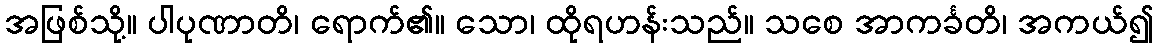
အဖြစ်သို့။ ပါပုဏာတိ၊ ရောက်၏။ သော၊ ထိုရဟန်းသည်။ သစေ အာကင်္ခတိ၊ အကယ်၍